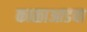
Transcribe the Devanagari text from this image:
काळाआडवा